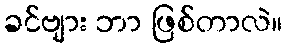
ခင်ဗျား ဘာ ဖြစ်တာလဲ။